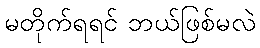
မတိုက်ရရင် ဘယ်ဖြစ်မလဲ